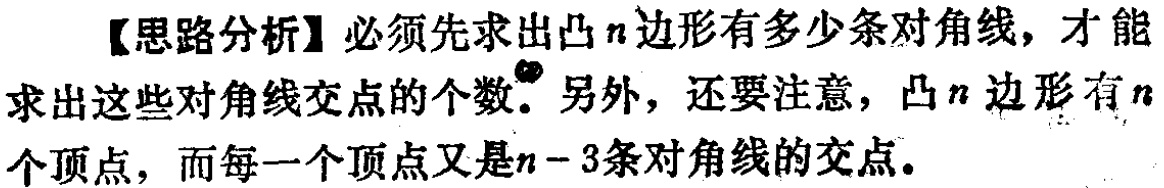
【思路分析】必须先求出凸\(n\)边形有多少条对角线，才能求出这些对角线交点的个数。另外，还要注意，凸\(n\)边形有\(n\)个顶点，而每一个顶点又是\(n - 3\)条对角线的交点。